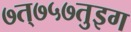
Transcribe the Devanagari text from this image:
७त्७५७तुइग